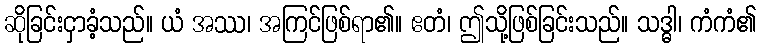
ဆိုခြင်းငှာခံ့သည်။ ယံ အဿ၊ အကြင်ဖြစ်ရာ၏။ ဧတံ၊ ဤသို့ဖြစ်ခြင်းသည်။ သဒ္ဓါ၊ ကံကံ၏